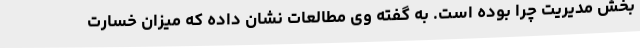
بخش مدیریت چرا بوده است. به گفته وی مطالعات نشان داده که میزان خسارت